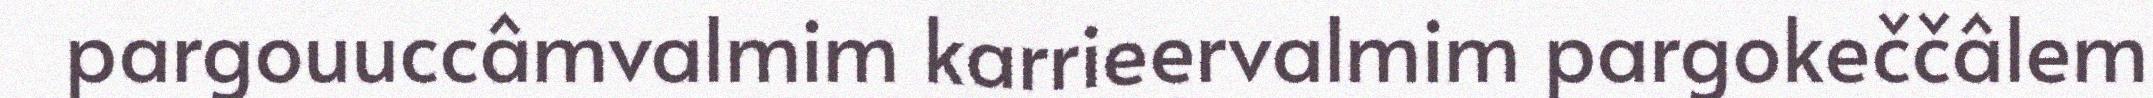
pargouuccâmvalmim karrieervalmim pargokeččâlem